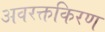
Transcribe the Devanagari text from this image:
अवरक्तकिरण